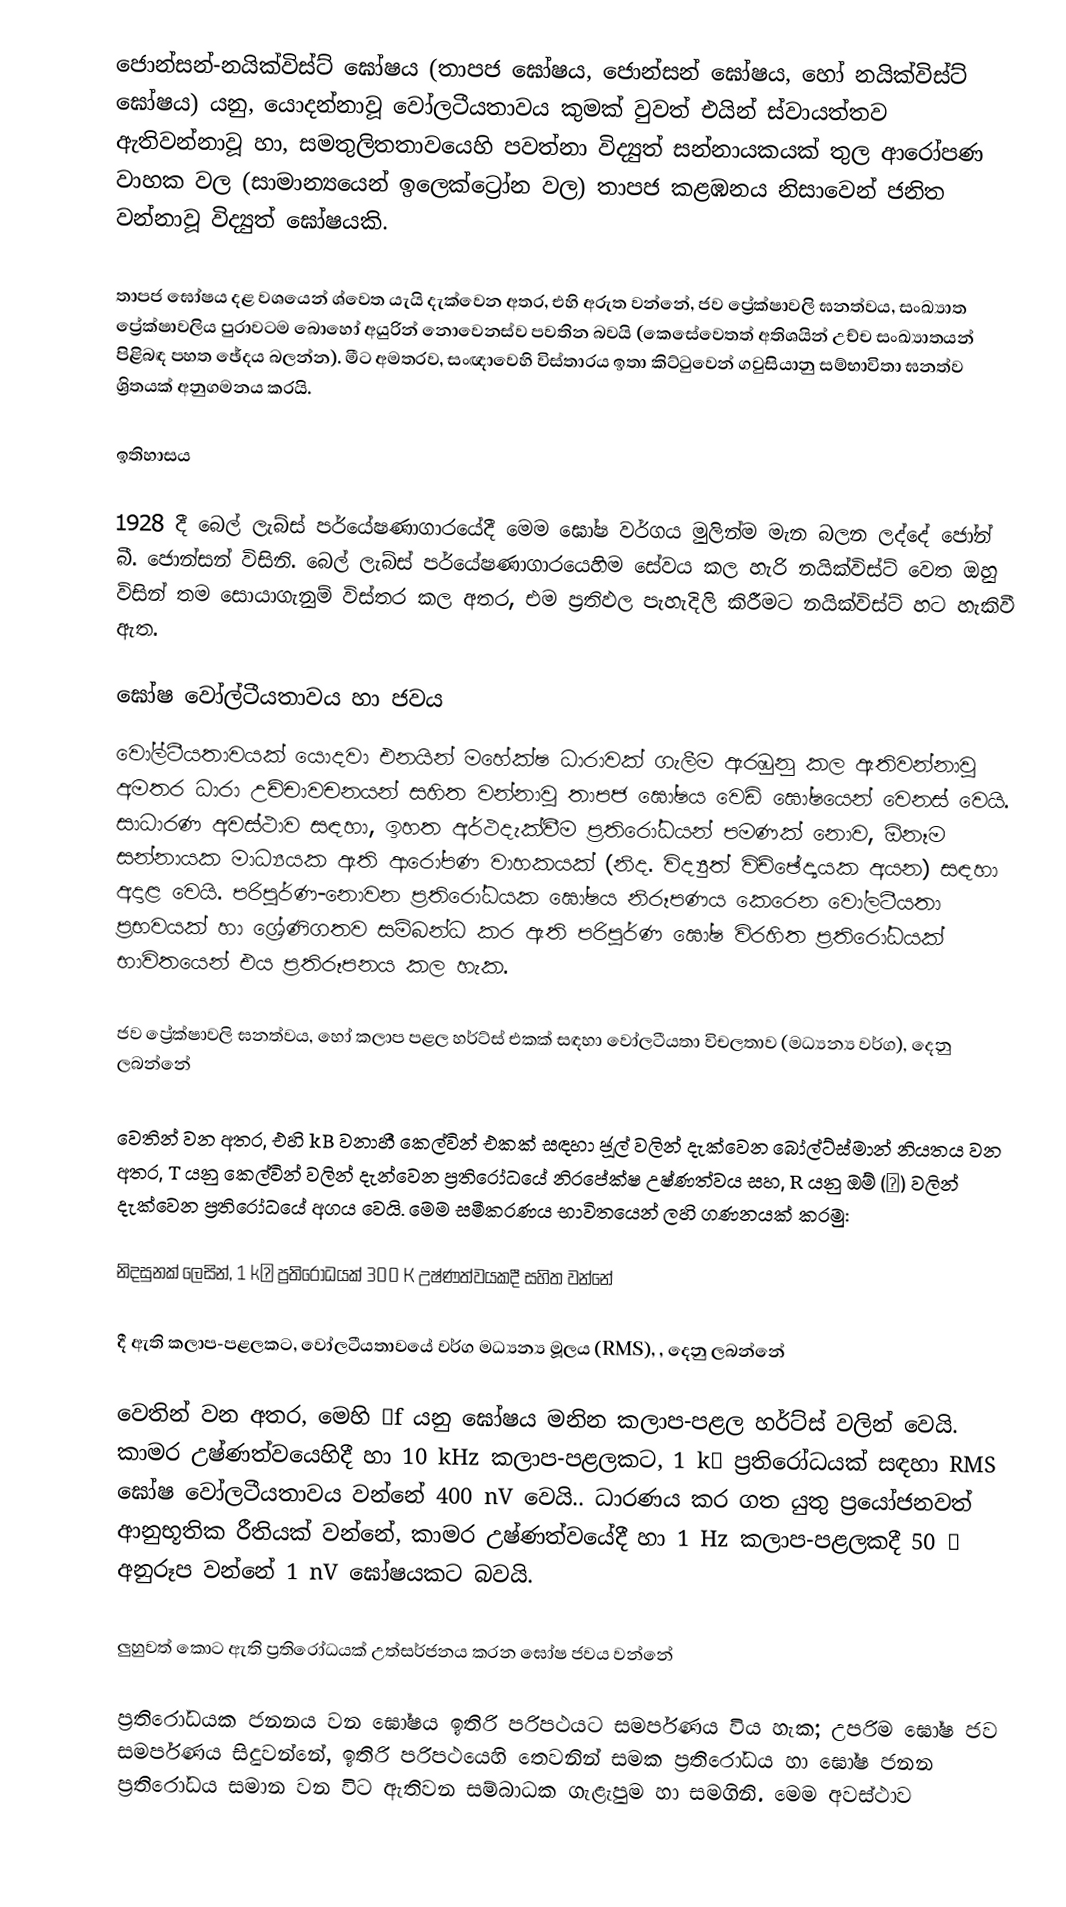
ජොන්සන්-නයික්විස්ට් ඝෝෂය (තාපජ ඝෝෂය, ජොන්සන් ඝෝෂය, හෝ නයික්විස්ට් ඝෝෂය) යනු, යොදන්නාවූ  වෝලටීයතාවය කුමක් වුවත් එයින් ස්වායත්තව ඇතිවන්නාවූ හා, සමතුලිතතාවයෙහි පවත්නා  විද්‍යුත් සන්නායකයක් තුල  ආරෝපණ වාහක වල (සාමාන්‍යයෙන් ඉලෙක්ට්‍රෝන වල) තාපජ කළඹනය නිසාවෙන් ජනිත වන්නාවූ විද්‍යුත් ඝෝෂයකි.

තාපජ ඝෝෂය දළ වශයෙන් ශ්වෙත යැයි දැක්වෙන අතර, එහි අරුත වන්නේ, ජව  ප්‍රේක්ෂාවලි ඝනත්වය,  සංඛ්‍යාත ප්‍රේක්ෂාවලිය  පුරාවටම බොහෝ අයුරින් නොවෙනස්ව පවතින බවයි (කෙසේවෙතත් අතිශයින් උච්ච සංඛ්‍යාතයන් පිළිබඳ පහත ඡේදය බලන්න).  මීට අමතරව, සංඥාවෙහි විස්තාරය ඉතා කිට්ටුවෙන් ගවුසියානු  සම්භාවිතා ඝනත්ව ශ්‍රිතයක් අනුගමනය කරයි.

ඉතිහාසය

1928 දී බෙල් ලැබ්ස් පර්යේෂණාගාරයේදී මෙම ඝෝෂ වර්ගය මුලින්ම මැන බලන ලද්දේ    ජෝන් බී. ජොන්සන් විසිනි. බෙල් ලැබ්ස් පර්යේෂණාගාරයෙහිම සේවය කල හැරි නයික්විස්ට් වෙත ඔහු විසින් තම සො‍යාගැනුම් විස්තර කල අතර, එම ප්‍රතිඵල පැහැදිලි කිරීමට නයික්විස්ට් හට හැකිවී ඇත.

ඝෝෂ වෝල්ටීයතාවය හා ජවය
වෝල්ටීයතාවයක් යොදවා එනයින් මහේක්ෂ ධාරාවක් ගැලීම ඇරඹුනු කල ඇතිවන්නාවූ අමතර ධාරා උච්චාවචනයන් සහිත වන්නාවූ තාපජ ඝෝෂය වෙඩි ඝෝෂයෙන් වෙනස් වෙයි. සාධාරණ අවස්ථාව සඳහා, ඉහත අර්ථදැක්වීම ප්‍රතිරෝධයන් පමණක් නොව, ඕනෑම සන්නායක මාධ්‍යයක ඇති ආරෝපණ වාහකයක් (නිද. විද්‍යුත් විච්ඡේද්‍යයක අයන) සඳහා අදාළ වෙයි. පරිපූර්ණ-නොවන ප්‍රතිරෝධයක ඝෝෂය නිරූපණය කෙරෙන වෝලටීයතා ප්‍රභවයක් හා ශ්‍රේණිගතව සම්බන්ධ කර ඇති  පරිපූර්ණ ඝෝෂ විරහිත ප්‍රතිරෝධයක් භාවිතයෙන් එය ප්‍රතිරූපනය කල හැක.

ජව ප්‍රේක්ෂාවලි ඝනත්වය, හෝ කලාප පළල හර්ට්ස් එකක්  සඳහා  වෝලටීයතා විචලතාව (මධ්‍යන්‍ය වර්ග), දෙනු ලබන්නේ

වෙතින් වන අතර, එහි  kB වනාහී  කෙල්වින් එකක් සඳහා ජූල් වලින් දැක්වෙන  බෝල්ට්ස්මාන් නියතය වන අතර, T යනු කෙල්වින් වලින් දැන්වෙන ප්‍රතිරෝධයේ නිරපේක්ෂ උෂ්ණත්වය සහ, R යනු ඔම් (Ω) වලින් දැක්වෙන ප්‍රතිරෝධයේ අගය වෙයි.  මෙම සමීකරණය භාවිතයෙන් ලහි ගණනයක් කරමු:

නිදසුනක් ලෙසින්, 1 kΩ ප්‍රතිරෝධයක්  300 K උෂ්ණත්වයකදී සහිත වන්නේ

දී ඇති කලාප-පළලකට,  වෝලටීයතාවයේ  වර්ග මධ්‍යන්‍ය මූලය (RMS), , දෙනු ලබන්නේ

වෙතින් වන අතර, මෙහි  Δf යනු ඝෝෂය මනින කලාප-පළල හර්ට්ස් වලින් වෙයි. කාමර උෂ්ණත්වයෙහිදී හා  10 kHz කලාප-පළලකට, 1 kΩ ප්‍රතිරෝධයක් සඳහා  RMS ඝෝෂ වෝලටීයතාවය වන්නේ 400 nV වෙයි.. ධාරණය කර ගත යුතු ප්‍රයෝජනවත් ආනුභූතික රීතියක් වන්නේ,  කාමර උෂ්ණත්වයේදී හා 1 Hz කලාප-පළලකදී 50 Ω ‍අනුරූප වන්නේ  1 nV ඝෝෂයකට බවයි.

ලුහුවත් කොට ඇති ප්‍රතිරෝධයක් උත්සර්ජනය කරන ඝෝෂ ජවය වන්නේ

ප්‍රතිරෝධයක ජනනය වන ඝෝෂය ඉතිරි පරිපථයට සමර්පණය විය හැක; උපරිම ඝෝෂ ජව සමර්පණය සිදුවන්නේ,  ඉතිරි පරිපථයෙහි තෙවනින් සමක ප්‍රතිරෝධය හා ඝෝෂ ජනන ප්‍රතිරෝධය සමාන වන විට ඇතිවන  සම්බාධක ගැළැපුම හා සමගිනි. මෙම අවස්ථාව